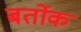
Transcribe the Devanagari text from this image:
बर्तोक